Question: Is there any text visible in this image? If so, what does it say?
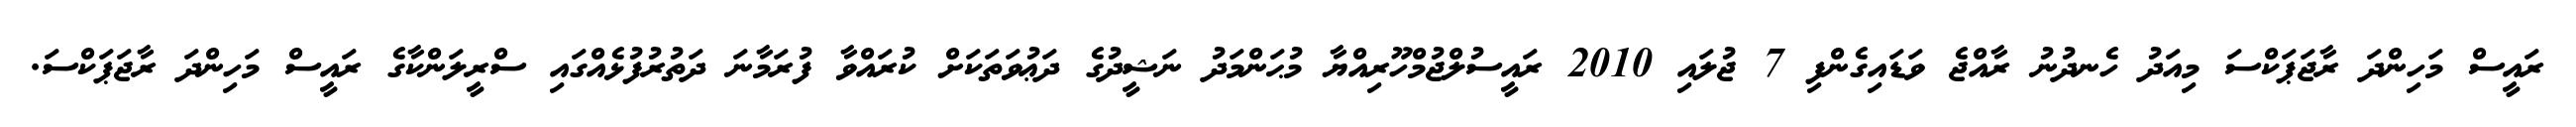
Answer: ރައީސް މަހިންދަ ރާޖަޕަކްސަ މިއަދު ހެނދުނު ރާއްޖެ ވަޑައިގެންފި 7 ޖުލައި 2010 ރައީސުލްޖުމްހޫރިއްޔާ މުޙަންމަދު ނަޝީދުގެ ދަޢުވަތަކަށް ކުރައްވާ ފުރަމާނަ ދަތުރުފުޅެއްގައި ސްރީލަންކާގެ ރައީސް މަހިންދަ ރާޖަޕަކްސަ.